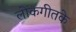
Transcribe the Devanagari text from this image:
लोकगीतके